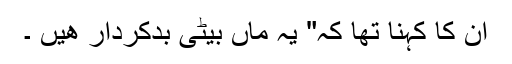
ان کا کہنا تھا کہ" یہ ماں بیٹی بدکردار ھیں ۔